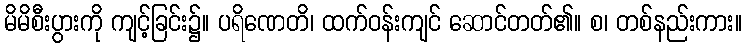
မိမိစီးပွားကို ကျင့်ခြင်း၌။ ပရိဏေတိ၊ ထက်ဝန်းကျင် ဆောင်တတ်၏။ စ၊ တစ်နည်းကား။